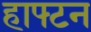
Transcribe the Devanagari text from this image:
हाफ्टन